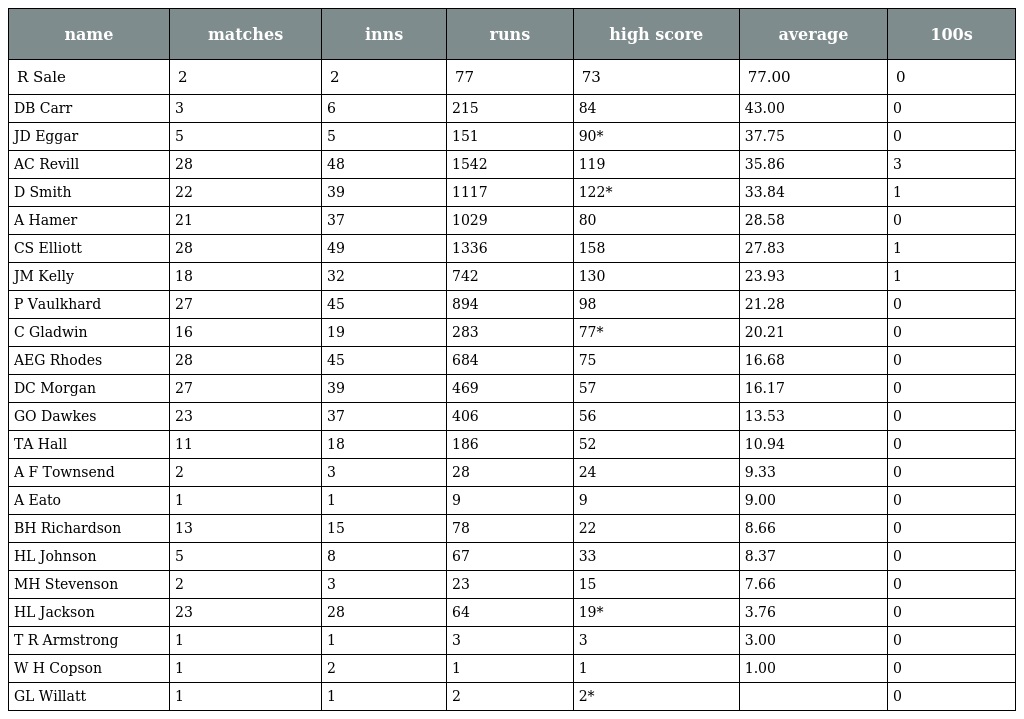
| name | matches | inns | runs | high score | average | 100s |
 | --- | --- | --- | --- | --- | --- | --- |
 | R Sale | 2 | 2 | 77 | 73 | 77.00 | 0 |
 | DB Carr | 3 | 6 | 215 | 84 | 43.00 | 0 |
 | JD Eggar | 5 | 5 | 151 | 90* | 37.75 | 0 |
 | AC Revill | 28 | 48 | 1542 | 119 | 35.86 | 3 |
 | D Smith | 22 | 39 | 1117 | 122* | 33.84 | 1 |
 | A Hamer | 21 | 37 | 1029 | 80 | 28.58 | 0 |
 | CS Elliott | 28 | 49 | 1336 | 158 | 27.83 | 1 |
 | JM Kelly | 18 | 32 | 742 | 130 | 23.93 | 1 |
 | P Vaulkhard | 27 | 45 | 894 | 98 | 21.28 | 0 |
 | C Gladwin | 16 | 19 | 283 | 77* | 20.21 | 0 |
 | AEG Rhodes | 28 | 45 | 684 | 75 | 16.68 | 0 |
 | DC Morgan | 27 | 39 | 469 | 57 | 16.17 | 0 |
 | GO Dawkes | 23 | 37 | 406 | 56 | 13.53 | 0 |
 | TA Hall | 11 | 18 | 186 | 52 | 10.94 | 0 |
 | A F Townsend | 2 | 3 | 28 | 24 | 9.33 | 0 |
 | A Eato | 1 | 1 | 9 | 9 | 9.00 | 0 |
 | BH Richardson | 13 | 15 | 78 | 22 | 8.66 | 0 |
 | HL Johnson | 5 | 8 | 67 | 33 | 8.37 | 0 |
 | MH Stevenson | 2 | 3 | 23 | 15 | 7.66 | 0 |
 | HL Jackson | 23 | 28 | 64 | 19* | 3.76 | 0 |
 | T R Armstrong | 1 | 1 | 3 | 3 | 3.00 | 0 |
 | W H Copson | 1 | 2 | 1 | 1 | 1.00 | 0 |
 | GL Willatt | 1 | 1 | 2 | 2* |  | 0 |